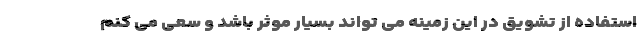
استفاده از تشویق در این زمینه می تواند بسیار موثر باشد و سعی می کنم